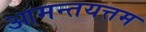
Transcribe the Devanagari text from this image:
आमन्तयत्तम